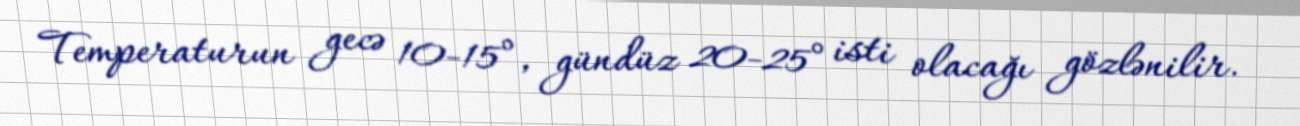
Temperaturun gecə 10-15°, gündüz 20-25° isti olacağı gözlənilir.